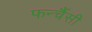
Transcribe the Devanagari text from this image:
फर्न्चैसी